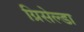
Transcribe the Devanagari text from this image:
ग्रिसेल्डा